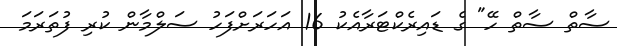
ސާތް ސާތް ހޭ" ގެ ޑައިރެކްޓަރާއެކު 16 އަހަރަށްފަހު ސަލްމާން ކުރި ފުތަރަމަ